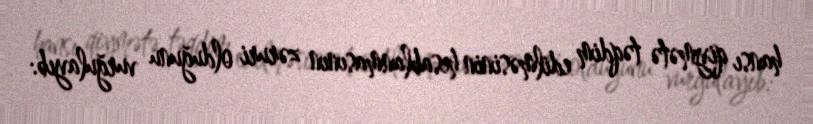
hansı qiymətə təqdim edilməsinin hesablanmasının zəruri olduğunu vurğulayıb: